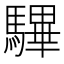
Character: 驆